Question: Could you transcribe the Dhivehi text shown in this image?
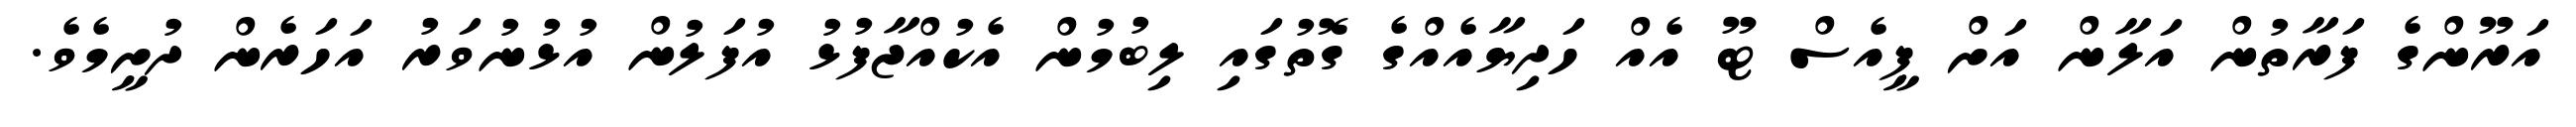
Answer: އަރޫންގެ ފަރާތުން އަލާން އަށް ޕީއެސް ޓޫ އެއް ހަދިޔާއެއްގެ ގޮތުގައި ލިބުމުން އެކުއްޖާފުޅު އުފަލުން އުޅުނުވަރު އަހަރެން ދުށީމެވެ.